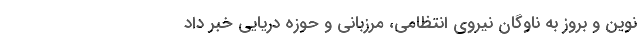
نوین و بروز به ناوگان نیروی انتظامی، مرزبانی و حوزه دریایی خبر داد